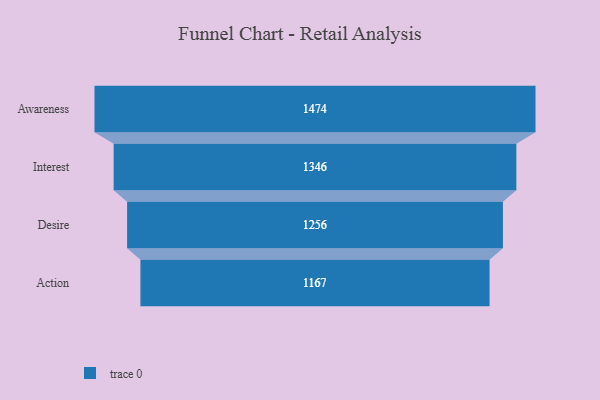
{"axis": {"x": "Stage", "y": "Value"}, "legend": [""], "data": [{"x": "Awareness", "y": 1474.0, "type": ""}, {"x": "Interest", "y": 1346.0, "type": ""}, {"x": "Desire", "y": 1256.0, "type": ""}, {"x": "Action", "y": 1167.0, "type": ""}]}